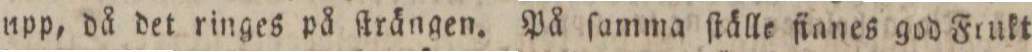
upp, då det ringes på ſträngen. På ſamma ſtälle fianes god Frukt